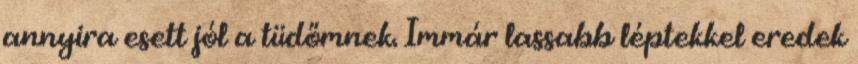
annyira esett jól a tüdőmnek. Immár lassabb léptekkel eredek